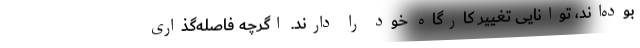
بوده‌اند، توانایی تغییر کارگاه خود را دارند‌‌. اگرچه فاصله‌گذاری